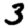
Digit: 3